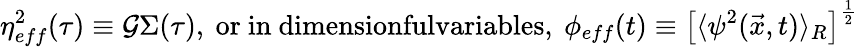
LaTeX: \eta_{eff}^{2}(\tau)\equiv\mathcal{G}\Sigma(\tau),\mathrm{{~or~in~dimensionfulvariables,~}}\phi_{eff}(t)\equiv\left[\langle\psi^{2}(\vec{{x}},t)\rangle_{R}\right]^{\frac{{1}}{{2}}}